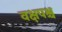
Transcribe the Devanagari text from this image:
वक्षपश्च